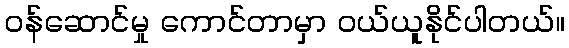
ဝန်ဆောင်မှု ကောင်တာမှာ ဝယ်ယူနိုင်ပါတယ်။